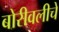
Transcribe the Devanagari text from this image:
बोरीवलीचे